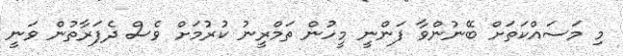
މި މަސައްކަތަށް ބޭނުންވާ ފަންނީ މީހުން ތަމްރީނު ކުރުމަށް ވެސް ދެފަރާތުން ވަނީ